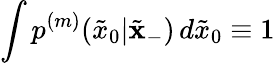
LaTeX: \int p^{(m)}(\tilde{x}_{0}|\tilde{\mathbf{x}}_{-})\, d\tilde{x}_{0}\equiv 1